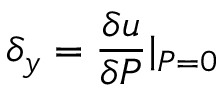
\delta _ { y } = \frac { \delta { u } } { \delta { P } } \textbar { _ { P = 0 } }